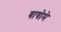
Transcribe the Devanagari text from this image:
बायोमे